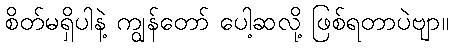
စိတ်မရှိပါနဲ့ ကျွန်တော် ပေါ့ဆလို့ ဖြစ်ရတာပဲဗျာ။